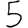
Digit: 5